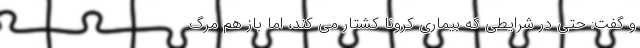
و گفت: حتی در شرایطی که بیماری کرونا کشتار می کند، اما باز هم مرگ